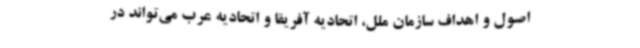
اصول و اهداف سازمان ملل، اتحادیه آفریقا و اتحادیه عرب می‌تواند در